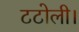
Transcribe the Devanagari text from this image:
टटोली।